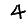
Digit: 4